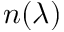
n ( \lambda )